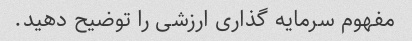
مفهوم سرمایه گذاری ارزشی را توضیح دهید.